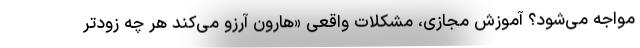
مواجه می‌شود؟ آموزش مجازی، مشکلات واقعی «هارون آرزو می‌کند هر چه زودتر